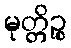
မုတ္တိဉ္စ